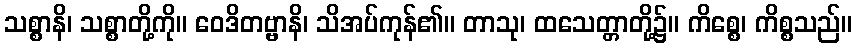
သစ္စာနိ၊ သစ္စာတို့ကို။ ဝေဒိတဗ္ဗာနိ၊ သိအပ်ကုန်၏။ တာသု၊ ထသေတ္တာတို့၌။ ကိစ္စေ၊ ကိစ္စသည်။